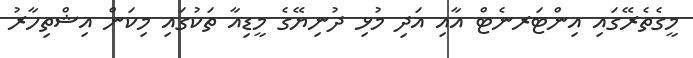
މީގެތެރޭގައި އިންޓަރނެޓް އާއި އަދި މުޅި ދުނިޔޭގެ މީޑިއާ ތަކުގައި މިކަން އިޝްތިހާރު